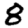
Digit: 8